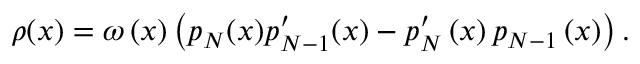
\rho ( x ) = \omega \left( x \right) \left( p _ { N } ( x ) p _ { N - 1 } ^ { \prime } ( x ) - p _ { N } ^ { \prime } \left( x \right) p _ { N - 1 } \left( x \right) \right) .